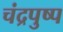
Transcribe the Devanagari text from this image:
चंद्रपुष्प